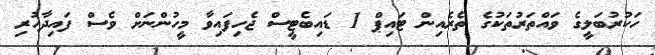
ހަކުރުބަލީގެ ވައްތަރުތަކުގެ ތެރެއިން ޓައިޕް 1 ޑައިބެޓީސް ޖެހިފައިވާ މީހުންނަށް ވެސް ފައިދާހުރި